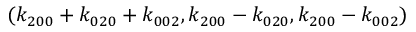
( { k _ { 2 0 0 } } + { k _ { 0 2 0 } } + { k _ { 0 0 2 } } , { k _ { 2 0 0 } } - { k _ { 0 2 0 } } , { k _ { 2 0 0 } } - { k _ { 0 0 2 } } )